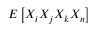
E \left[ X _ { i } X _ { j } X _ { k } X _ { n } \right]